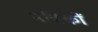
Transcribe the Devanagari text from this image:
नविकों